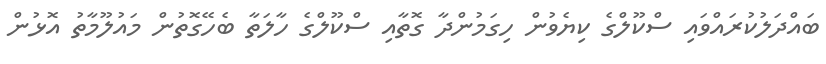
ބައްދަލުކުރައްވައި ސްކޫލްގެ ކިޔެވުން ހިގަމުންދާ ގޮތާއި ސްކޫލްގެ ހާލަތާ ބެހޭގޮތުން މައުލޫމާތު އޮޅުން